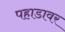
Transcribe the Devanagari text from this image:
पहाडावर